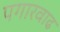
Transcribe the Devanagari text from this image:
पगारवाढ